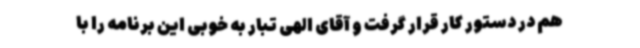
هم در دستور کار قرار گرفت و آقای الهی تبار به خوبی این برنامه را با